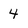
Character: 4